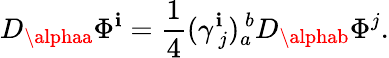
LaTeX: D_{\alphaa}\Phi^{\mathbf{i}}={\frac{{1}}{{4}}}(\gamma_{\ j}^{\mathbf{i}})_{a}^{\ b}D_{\alphab}\Phi^{j}.